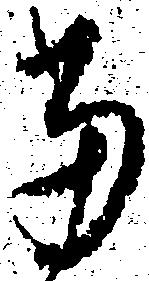
当